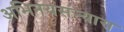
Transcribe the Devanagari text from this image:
अभिनयसंन्यास